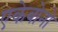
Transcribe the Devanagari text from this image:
एकेबोनो